Scottish Certificate of Education, 1962
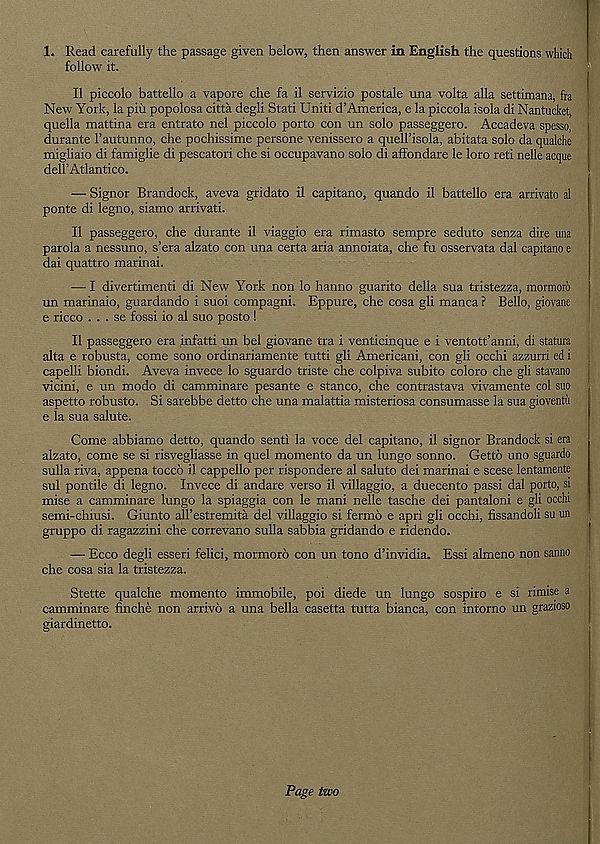
1. Read carefully the passage given below, then answer in English the questions which
follow it.
II piccolo battello a vapore che fa il servizio postale una volta alia settimana, fra
New York, la piu popolosa citta degli Stati Uniti d’America, e la piccola isola di Nantucket,
quella mattina era entrato nel piccolo porto con un solo passeggero. Accadeva spesso,
durante 1’autunno, che pochissime persone venissero a quell’isola, abitata solo da qualche
migliaio di famiglie di pescatori che si occupavano solo di affondare le loro reti nelle acque
dell’Atlantico.
— Signor Brandock, aveva gridato il capitano, quando il battello era arrivato al
ponte di legno, siamo arrivati.
Il passeggero, che durante il viaggio era rimasto sempre seduto senza dire una
parola a nessuno, s’era alzato con una certa aria annoiata, che fu osservata dal capitano e
dai quattro marinai.
— I divertimenti di New York non lo hanno guarito della sua tristezza, mormoro
un marinaio, guardando i suoi compagni. Eppure, che cosa gli manca ? Bello, giovane
e ricco . . . se fossi io al suo posto !
Il passeggero era infatti un bel giovane tra i venticinque e i ventott’anni, di statura
alta e robusta, come sono ordinariamente tutti gli Americani, con gli occhi azzurri ed i
capelli biondi. Aveva invece lo sguardo triste che colpiva subito coloro che gli stavano
vicini, e un modo di camminare pesante e stanco, che contrastava vivamente col suo
aspetto robusto. Si sarebbe detto che una malattia misteriosa consumasse la sua gioventii
e la sua salute.
Come abbiamo detto, quando sent! la voce del capitano, il signor Brandock si era
alzato, come se si risvegliasse in quel momento da un lungo sonno. Getto uno sguardo
sulla riva, appena tocco il cappello per rispondere al saluto dei marinai e scese lentamente
sul pontile di legno. Invece di andare verso il villaggio, a duecento passi dal porto, si
mise a camminare lungo la spiaggia con le mani nelle tasche dei pantaloni e gli occhi
semi-chiusi. Giunto all’estremita del villaggio si fermo e apri gli occhi, fissandoli su un
gruppo di ragazzini che correvano sulla sabbia gridando e ridendo.
— Ecco degli esseri felici, mormoro con un tono d’invidia. Essi almeno non sanno
che cosa sia la tristezza.
Stette qualche momento immobile, poi diede un lungo sospiro e si rimise a
camminare finche non arrive a una Bella casetta tutta bianca, con intorno un grazioso
giardinetto.
Page two